画像に写った文字を読んでください
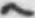
「ヘ」と書いてあります